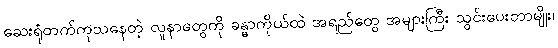
ဆေးရုံတက်ကုသနေတဲ့ လူနာတွေကို ခန္ဓာကိုယ်ထဲ အရည်တွေ အများကြီး သွင်းပေးတာမျိုး၊